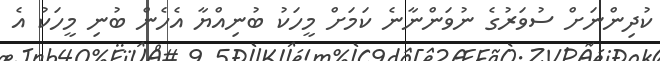
ކުދިންނަށް ސުވަރުގެ ނުވަންނާނެ ކަމަށް މީހަކު ބުނިއްޔާ އެހެން ބުނި މީހަކު އެ